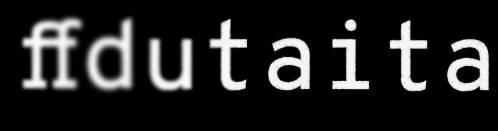
ffdutaita